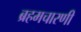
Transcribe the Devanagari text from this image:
ब्रहमचारणी